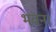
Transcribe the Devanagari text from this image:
भवना